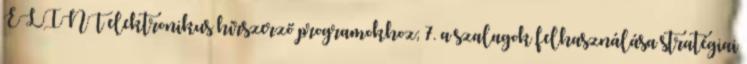
ELINT elektronikus hírszerző programokhoz; 7. a szalagok felhasználása stratégiai